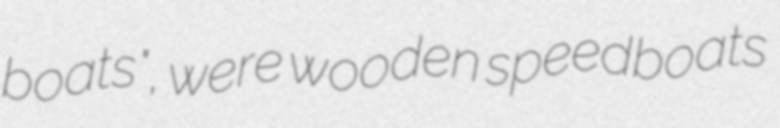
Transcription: boats", were wooden speedboats